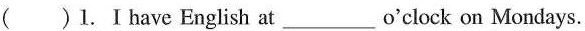
( )1.Ⅰ have English at_________o'clock on Mondays.